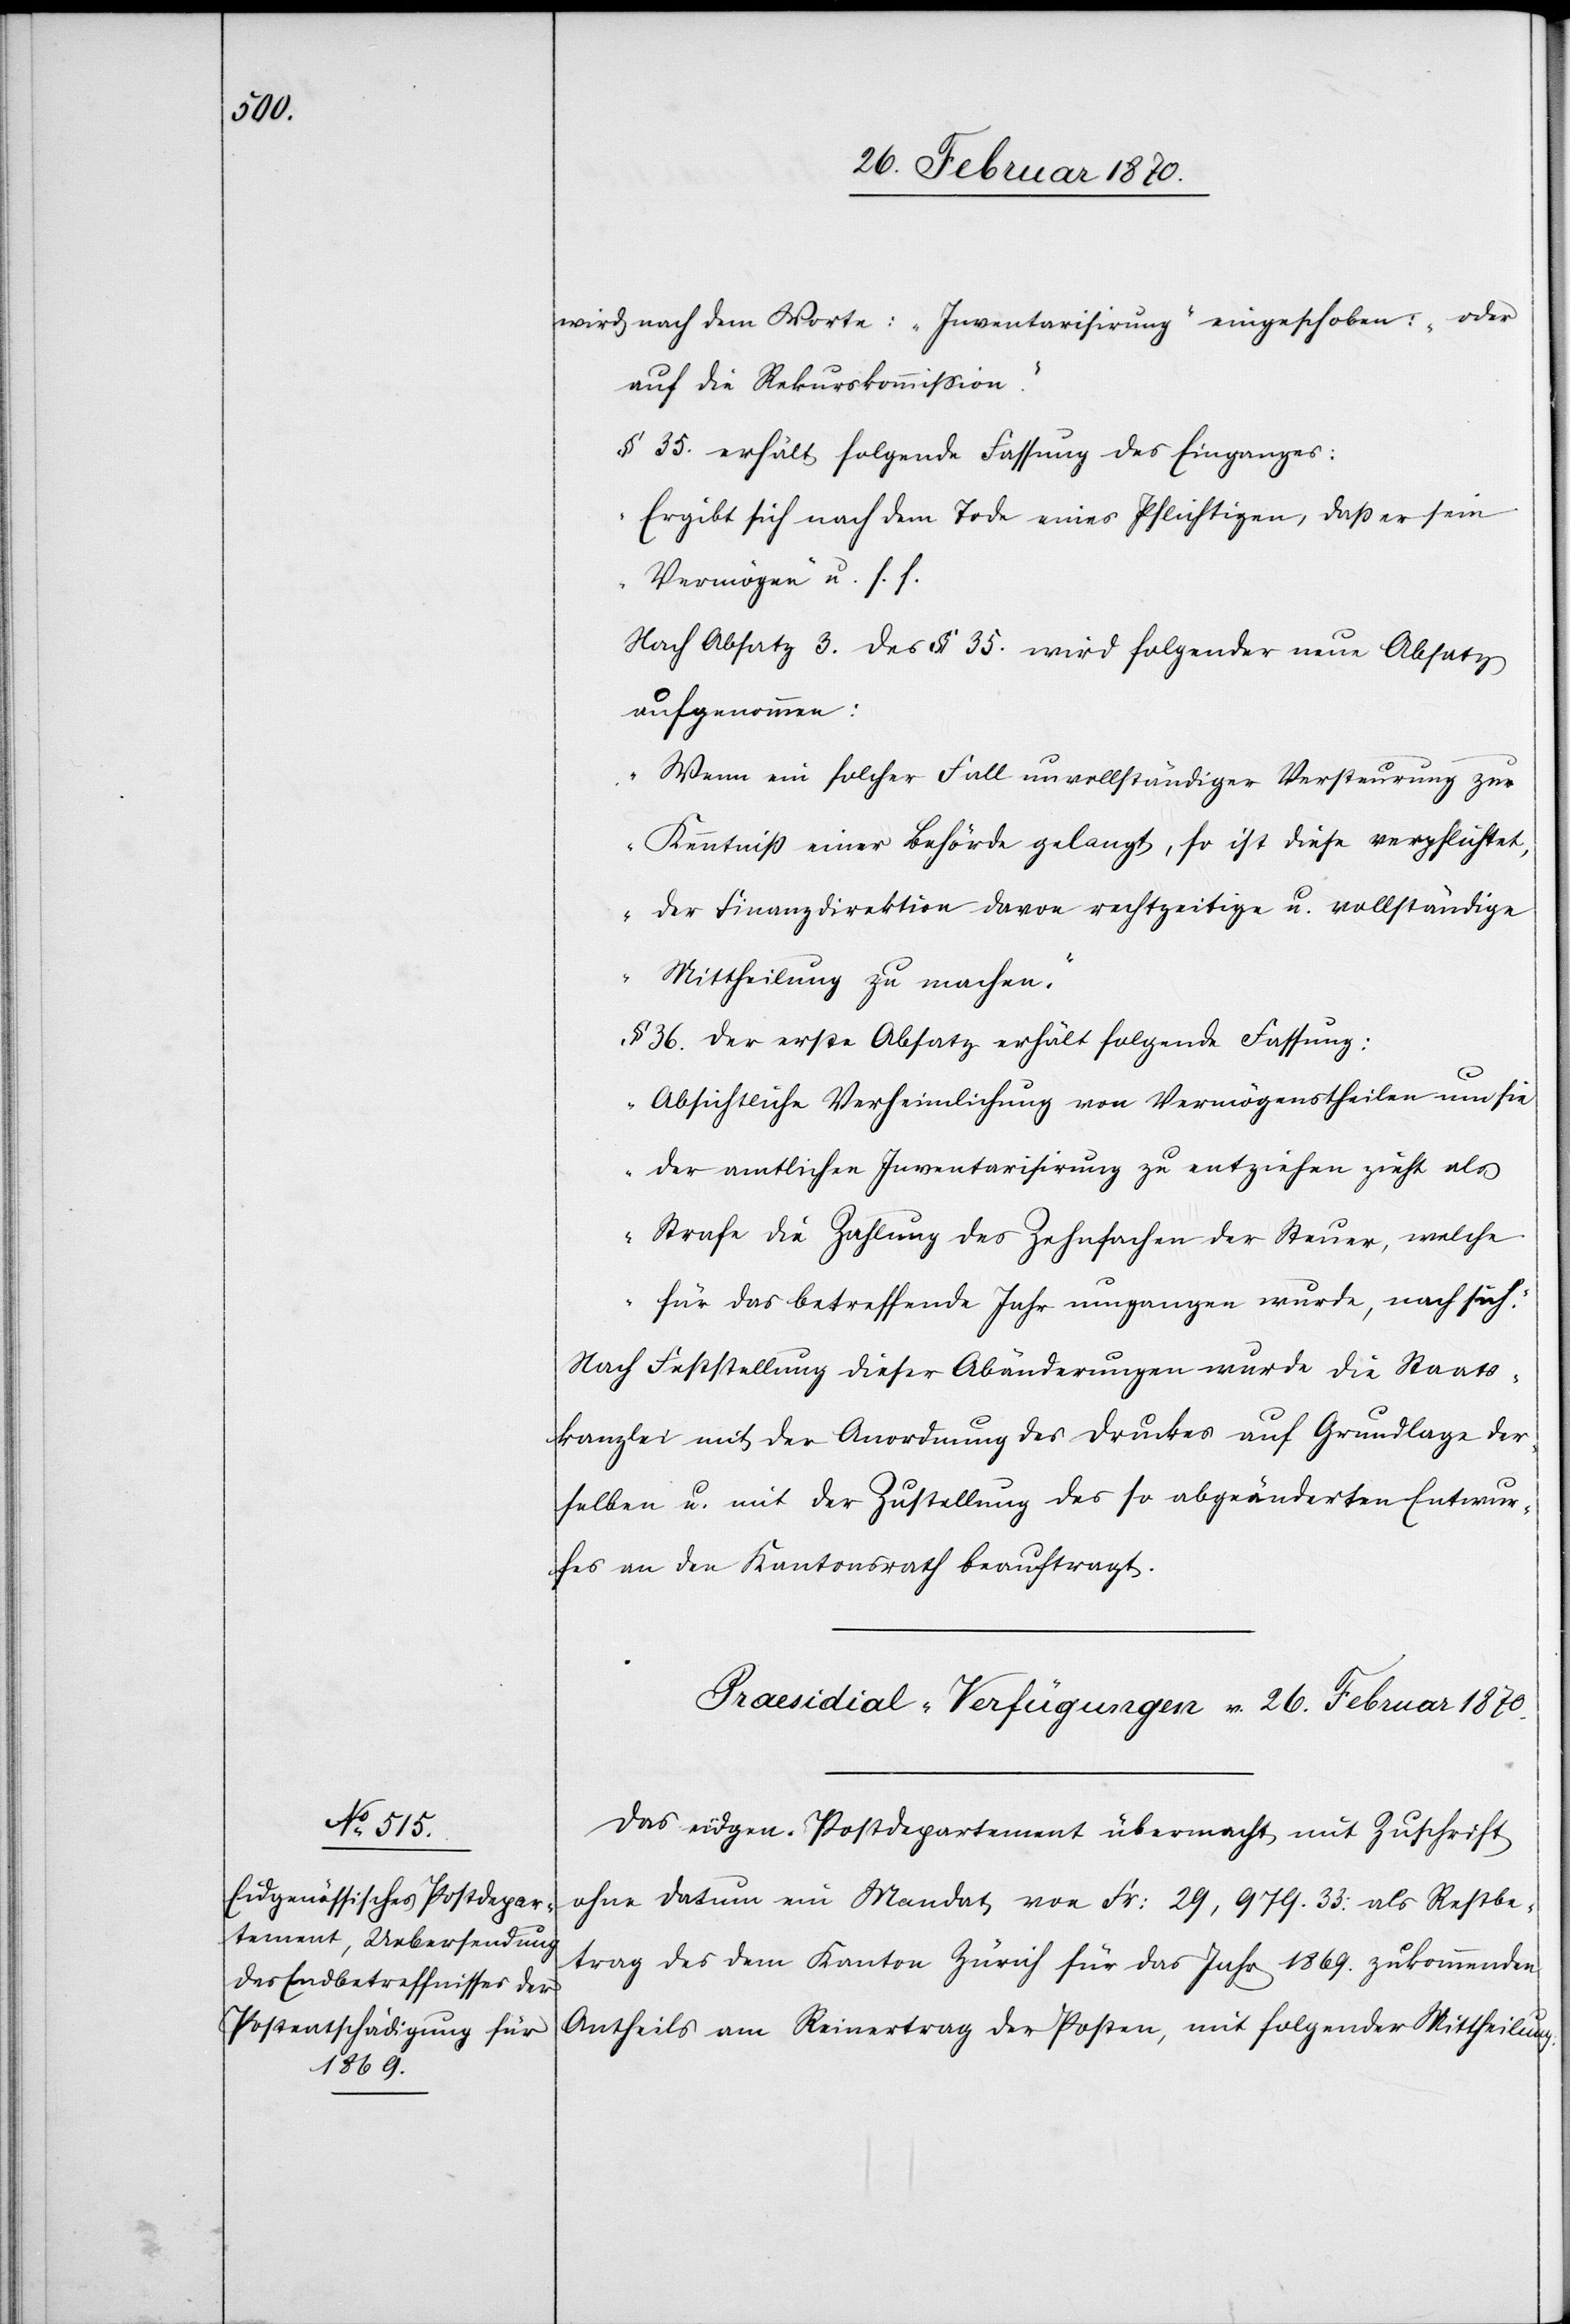
wird nach dem Worte: „Inventarisirung eingeschoben: „oder
auf die Rekurskommißion“.
§ 35. erhält folgende Fassung des Einganges:
„Ergibt sich nach dem Tode eines Pflichtigen, daß er sein
Vermögen“ u. s. f.
Nach Absatz 3. des § 35. wird folgender Absatz
aufgenommen.
„Wenn ein solcher Fall unvollständiger Versteurung zur
Kenntniß einer Behörde gelangt, so ist diese verpflichtet,
der Finanzdirektion davon rechtzeitige u. vollständige
Mittheilung zu machen.“
§ 36. Der erste Absatz erhält folgende Fassung:
„Absichtliche Verheimlichung von Vermögenstheilen um sie
der amtlichen Inventarisirung zu entziehen zieht als
Strafe die Zahlung des Zehnfachen der Steuer, welche
für das betreffende Jahr umgangen wurde, nach sich.“
Nach Feststellung dieser Abänderungen wurde die Staats¬
kanzlei mit der Anordnung des Druckes auf Grundlage der¬
selben u. mit der Zustellung des so abgeänderten Entwur¬
fes an den Kantonsrath beauftragt.
Praesidial-Verfügungen v. 26. Februar 1870.
Das eidgen. Postdepartement übermacht mit Zuschrift
ohne Datum ein Mandat von Fr: 29,979.33: als Restbe¬
trag des dem Kanton Zürich für das Jahr 1869. zukommenden
Antheils am Reinertrag der Posten, mit folgender Mittheilung: